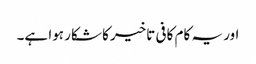
اور یہ کام کافی تاخیر کا شکار ہوا ہے۔